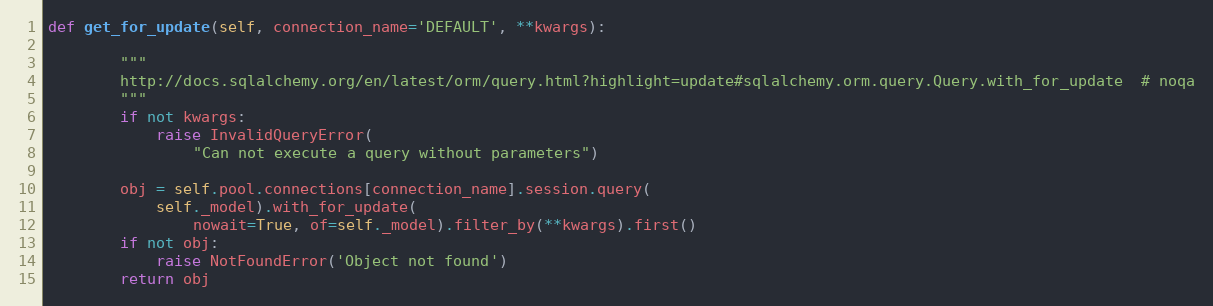
Language: Python
def get_for_update(self, connection_name='DEFAULT', **kwargs):

        """
        http://docs.sqlalchemy.org/en/latest/orm/query.html?highlight=update#sqlalchemy.orm.query.Query.with_for_update  # noqa
        """
        if not kwargs:
            raise InvalidQueryError(
                "Can not execute a query without parameters")

        obj = self.pool.connections[connection_name].session.query(
            self._model).with_for_update(
                nowait=True, of=self._model).filter_by(**kwargs).first()
        if not obj:
            raise NotFoundError('Object not found')
        return obj